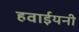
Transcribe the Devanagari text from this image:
हवाईयनी